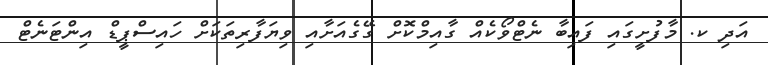
އަދި ކ. މާފުށީގައި ފައިބާ ނެޓްވޯކެއް ގާއިމްކޮށް ގޭގެއަށާއި ވިޔަފާރިތަކަށް ހައިސްޕީޑް އިންޓަނެޓް